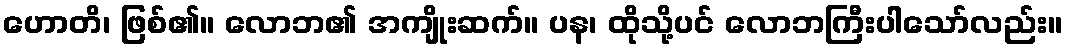
ဟောတိ၊ ဖြစ်၏။ လောဘ၏ အကျိုးဆက်။ ပန၊ ထိုသို့ပင် လောဘကြီးပါသော်လည်း။